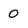
Character: 0